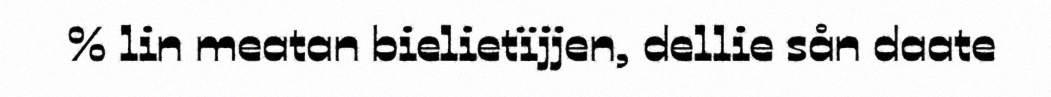
% lin meatan bielietïjjen, dellie sån daate